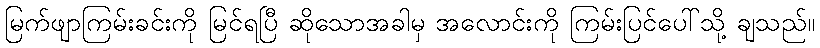
မြက်ဖျာကြမ်းခင်းကို မြင်ရပြီ ဆိုသောအခါမှ အလောင်းကို ကြမ်းပြင်ပေါ်သို့ ချသည်။